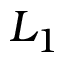
L _ { 1 }